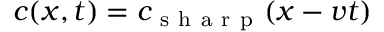
{ c ( x , t ) = c _ { \mathrm { ~ s ~ h ~ a ~ r ~ p ~ } } ( x - v t ) }